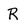
Character: R